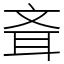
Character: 斊